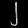
Digit: ၂